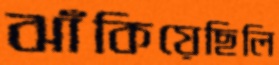
ঝাঁকিয়েছিলি